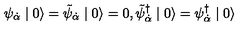
\psi _ { \dot { \alpha } } \mid 0 \rangle = \tilde { \psi } _ { \dot { \alpha } } \mid 0 \rangle = 0 , \tilde { \psi } _ { \dot { \alpha } } ^ { \dagger } \mid 0 \rangle = \psi _ { \dot { \alpha } } ^ { \dagger } \mid 0 \rangle